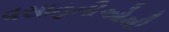
વસાહતીઓથી